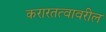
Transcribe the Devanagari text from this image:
करारतत्वावरील